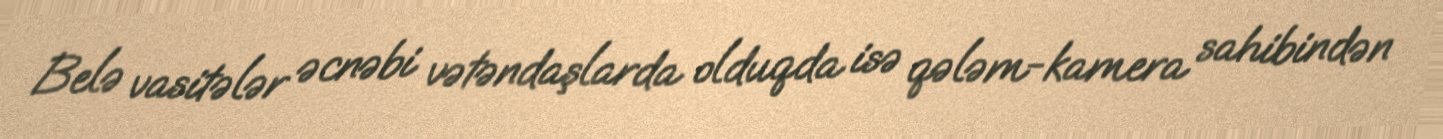
Belə vasitələr əcnəbi vətəndaşlarda olduqda isə qələm-kamera sahibindən